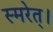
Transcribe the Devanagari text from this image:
स्मरेत्‌।